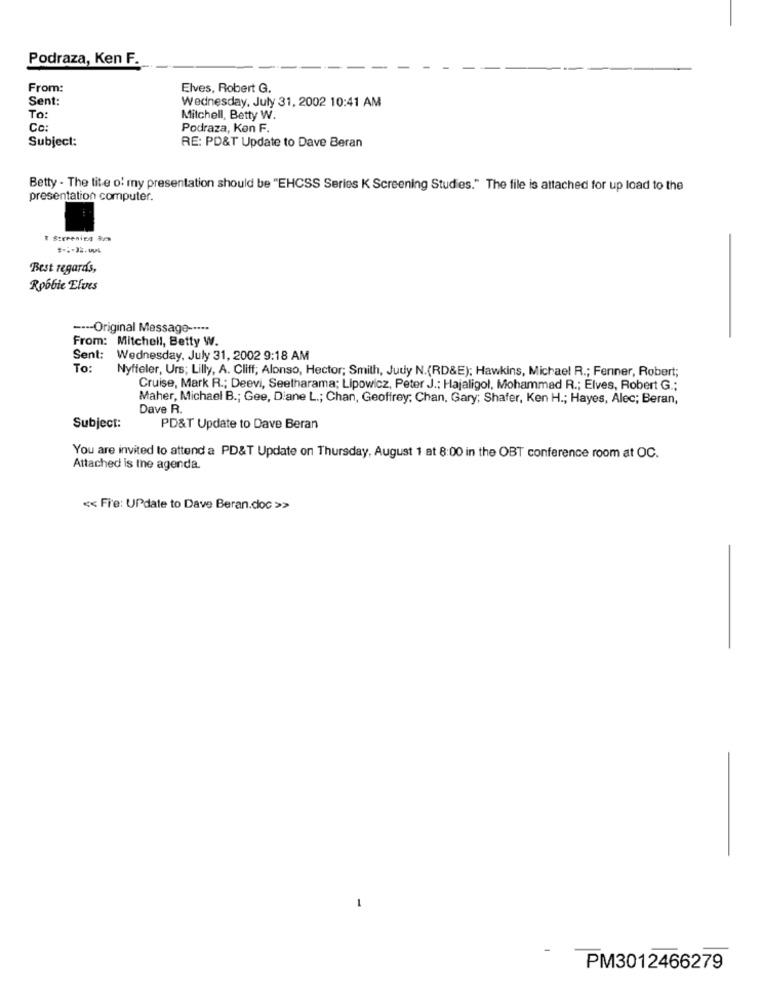
Podraza, Ken F.
From:
Elves, Robert G.
Sent:
Wednesday, July 31, 2002 10:41 AM
To:
Mitchell, Betty W.
Co
Podraza, Kon F.
Subject:
RE: PD&T Update to Dave Beran
Betty - The tite o' my presentation should be "EHCSS Series K Screening Studies." The file is attached for up load to the
presentation computer.
& Strrenic &
Best regards,
Robbie Elves
---- Original Message -----
From: Mitchell, Betty W.
Sent: Wednesday, July 31, 2002 9:18 AM
To:
Nyffeler, Urs; Lilly, A. Cliff; Alonso, Hector; Smith, Judy N.(RD&E); Hawkins, Michael R .; Ferner, Robert;
Cruise, Mark R .; Deevi, Seetharama; Lipowicz, Peter J .: Hajaligol, Mohammad R .; Elves, Robert G .:
Maher, Michael B .; Gee, Diane L .; Chan, Geoffrey: Chan, Gary; Shafer, Ken H .; Hayes, Alec; Beran,
Dave R.
Subject:
PD&T Update to Dave Beran
You are invited to attend a PD&T Update on Thursday, August 1 at 8:00 in the OBT conference room at OC.
Attached is the agenda.
<< Fre: UPdate to Dave Beran.doc >>
-
PM3012466279